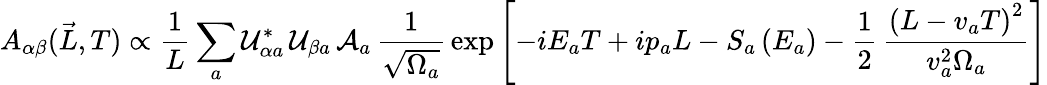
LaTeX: A_{\alpha\beta}(\vec{L},T)\propto\frac{1}{L}\sum_{a}\mathcal{U}_{{\alpha}a}^{*}\, \mathcal{U}_{{\beta}a}\, \mathcal{A}_{a}\, \frac{1}{\sqrt{\Omega_{a}}}\, \exp\left[-iE_{a}T+ip_{a}L-S_{a}\left(E_{a}\right)-\frac{1}{2}\, \frac{\left(L-v_{a}T\right)^{2}}{v_{a}^{2}\Omega_{a}}\right]